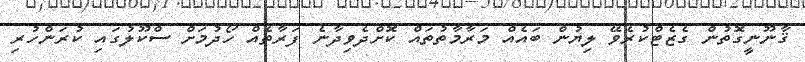
ޤާނޫނީގޮތުން ގެޒެޓްކުރެވޭ ލިޔުން ބައެއް މަރާމާތުތައް ކޮށްދެވިދާނެ ފަރާތެއް ހޯދުމަށް ސްކޫލުގައި ކުރަންހުރި